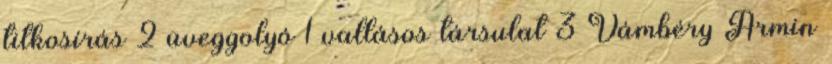
titkosírás 2 üveggolyó 1 vallásos társulat 3 Vámbéry Ármin